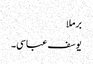
برملا
یوسف عباسی۔